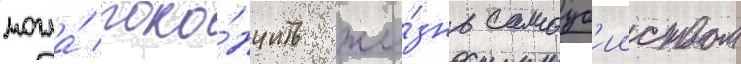
могла́ поко́нчить жи́знь самоуб'ииством